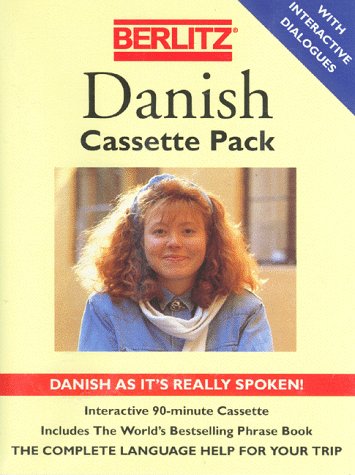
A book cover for Berlitz Danish Cassette Pack; Berlitz Guides; Travel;